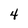
Character: 4